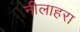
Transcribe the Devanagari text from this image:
नीलाहरा